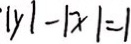
\vert y \vert - \vert x \vert = 1